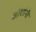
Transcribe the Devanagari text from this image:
जोशांनी